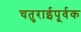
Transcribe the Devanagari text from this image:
चतुराईपूर्वक